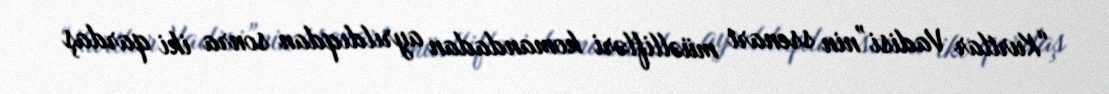
“Kurtlar Vadisi”nin ssenari müəllifləri komandadan ayrıldıqdan sonra iki qardaş